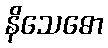
နိသေဓော